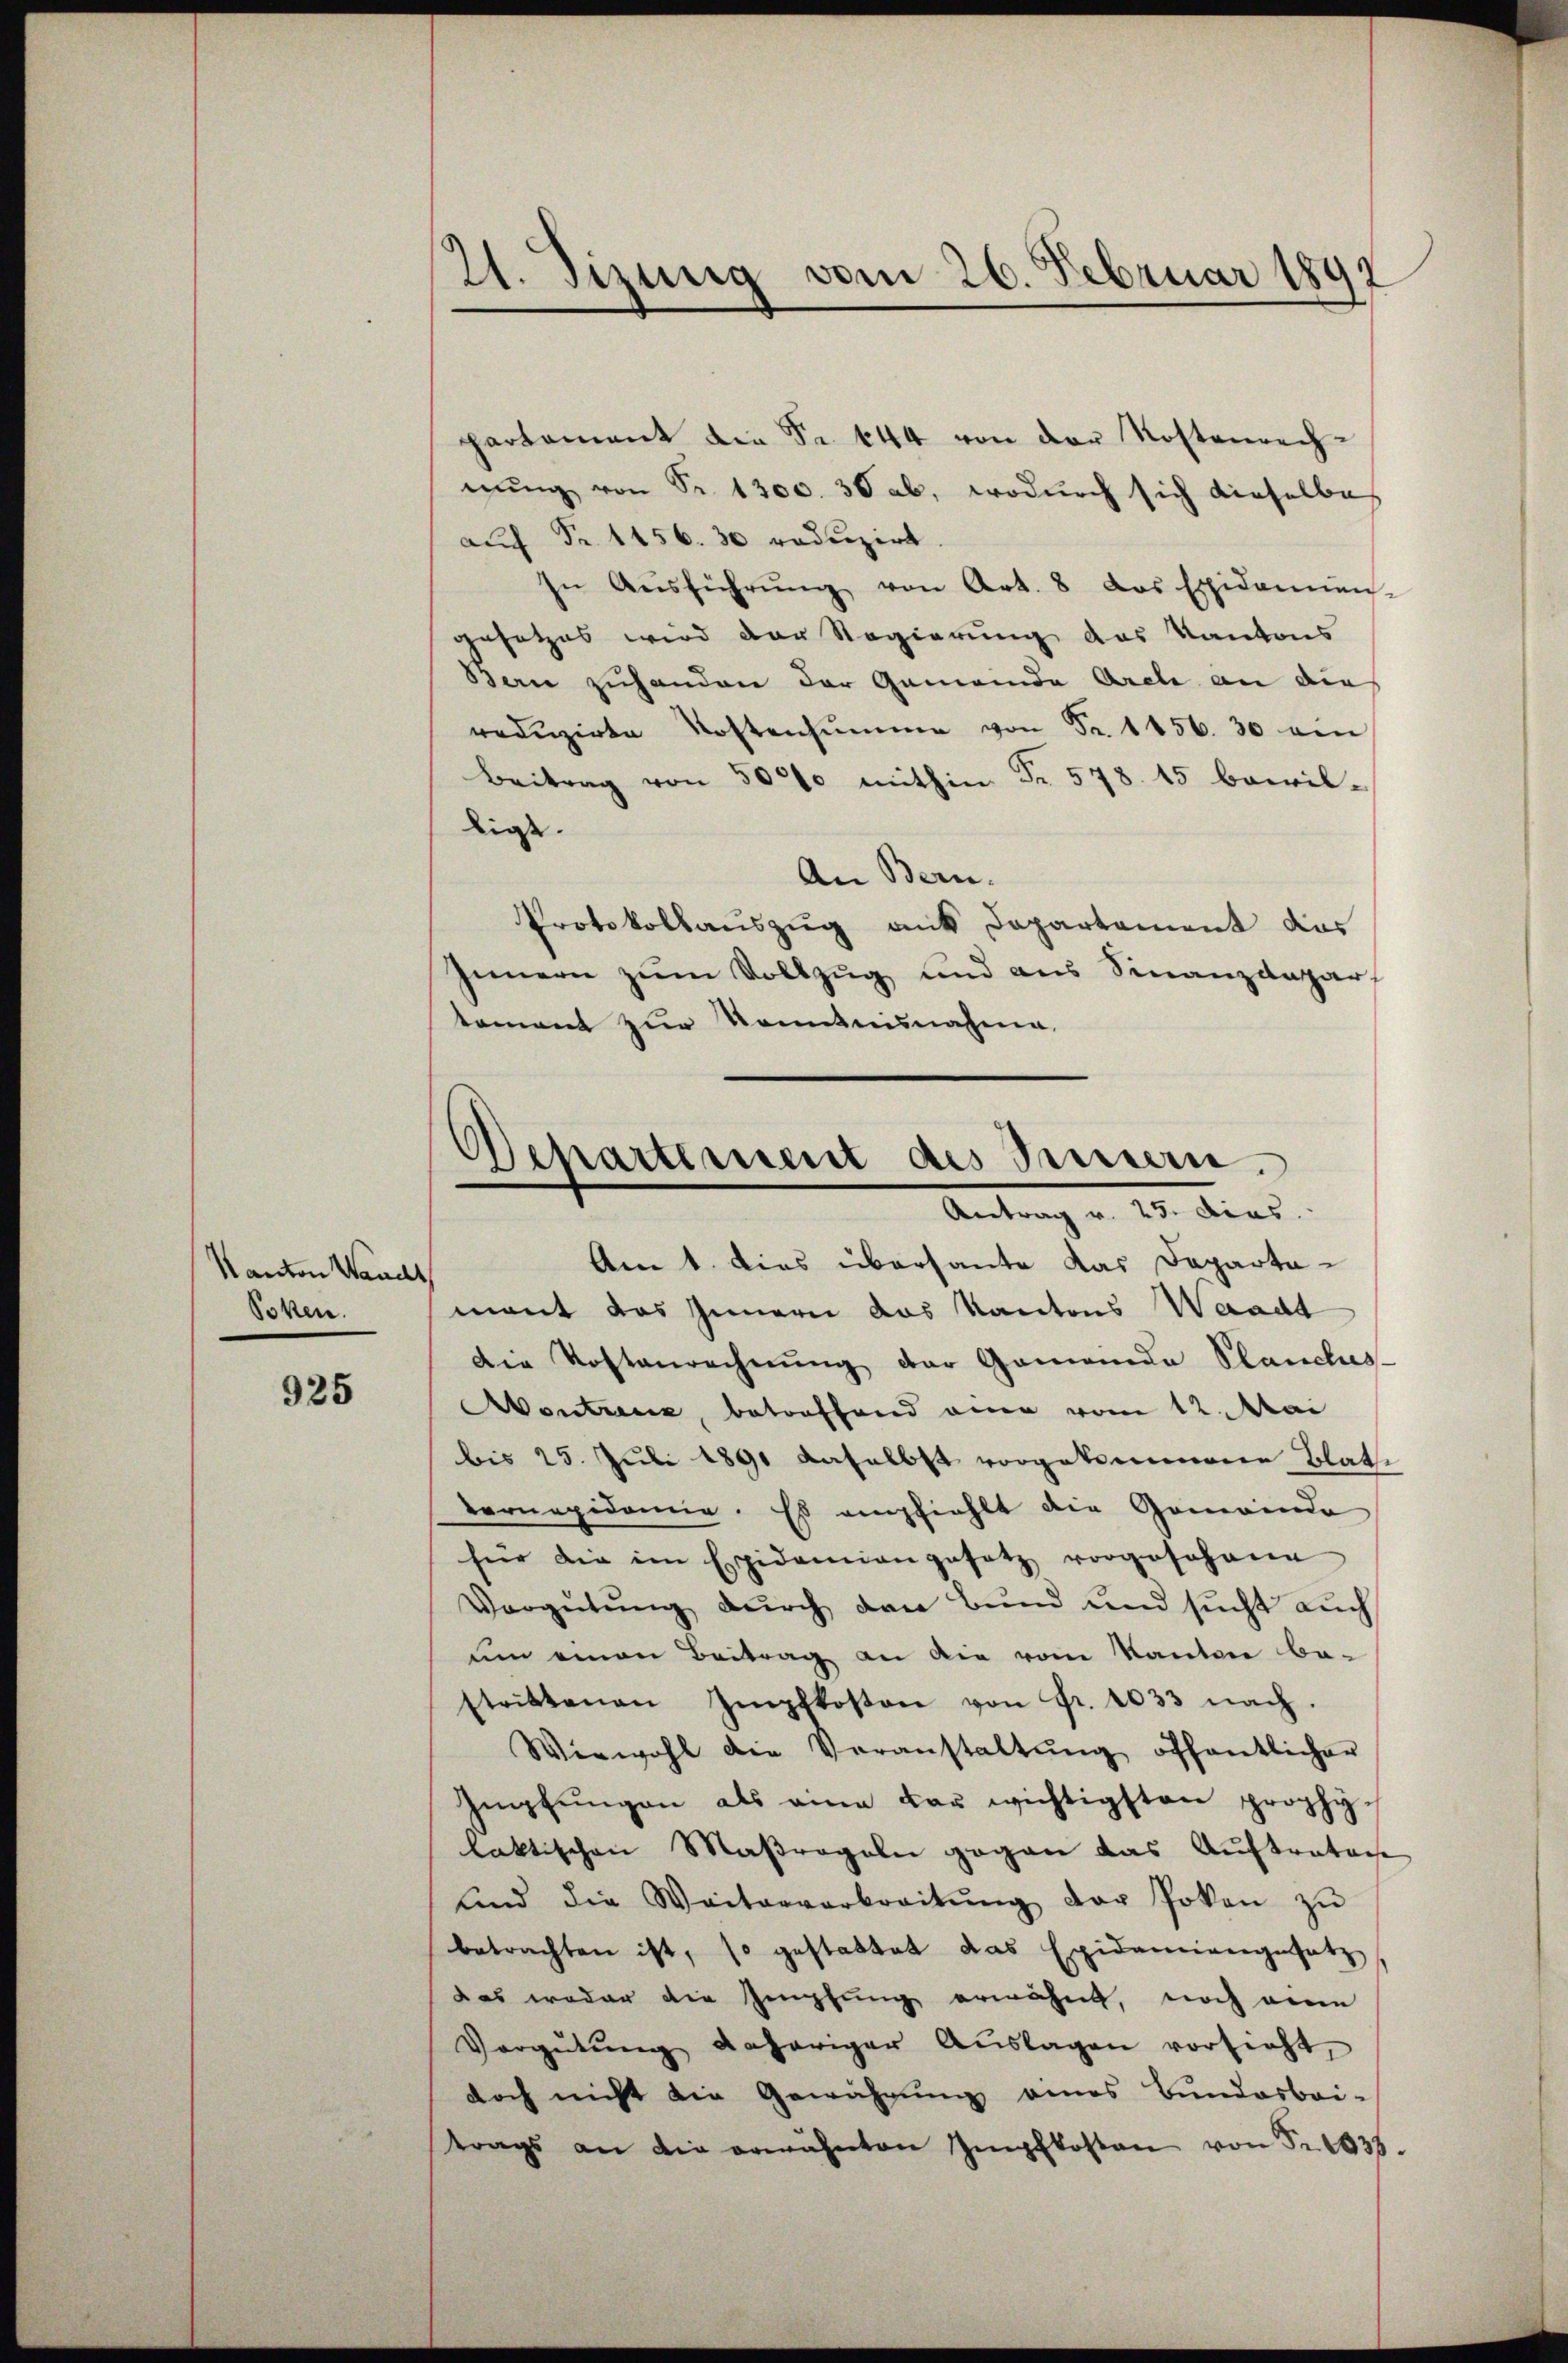
Kanton Waucht
Soken.

925

partement die Fr. 644 von der Kostenrechnŭng von Sr. 1300. 30 ab, wodurch sich dieselbe
auch Fr. 1156. 30 reduzirt
In Aŭsführŭng von Art. 8 das Expidamnen-
gesetzes wird der Regierung des Kantons
Ban zuhanden der Gemeinde Arele an die
reduzirte Kostensumme von Fr. 1156. 30 ein
Beitrag von 5000 mithin Fr. 578. 15 bewil-
lige.
An Bern.
Protokollauszug mit Departement das
Innern zum Vollzug und aus Finanzdepar
tement zur Kenntnisnahme.
Amt. Dies übersante das Dapartamant das Innern das Kantons Waadt
Die Kostenrechnŭng der Gemeinde Planclus
ontreuer, betreffend eine vom 12. Mai
bis 25. Juli 1891 daselbst vorgekommenen Blatte
eronapidemie. Es empfiehlt die Gemeinde
für die im Epidemien gesetz vorgesehene
Vergütung durch den Bund und sucht auch
um einen Beitrag an die vom Kanton be-
strittenen Impfkosten von Fr. 1033 nach.
Wiewohl die Veranstaltŭng öffentlicher
Impfungen als eine dar wichtigsten prophylaktischen Maßregeln gegen das Auftratore
ŭnd die Weiterverbreitŭng der Pokan zŭ
betrachten ist, so gestattet das Epidemiengesetz
das weder die Impfung erwähnt, noch ein
Vergütŭng daheriger Aŭslagen vorsieht,
doch nicht die Gewährung eines Bundesbai-
trags an die erwähnten Impfkosten von Fr. 1838.

21. Sizung vom 26. Februar 1892

Departement des Innern.
Antrag v. 25. dies